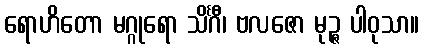
ရောဟိတော မဂ္ဂုရော သိင်္ဂီ၊ ဗလဇော မုဉ္ဇ ပါဝုသာ။